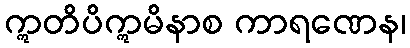
ဣတိပိဣမိနာစ ကာရဏေန၊